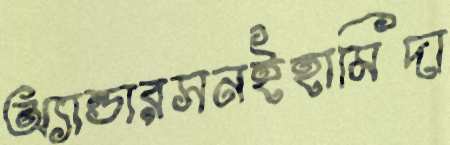
অ্যান্ডারসনইহামিদা